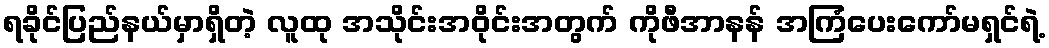
ရခိုင်ပြည်နယ်မှာရှိတဲ့ လူထု အသိုင်းအဝိုင်းအတွက် ကိုဖီအာနန် အကြံပေးကော်မရှင်ရဲ့